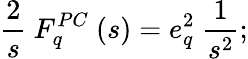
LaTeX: {\frac{2}{s}}\ F_{q}^{PC}\ (s)=e_{q}^{2}\ {\frac{1}{s^{2}}};